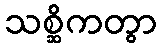
သစ္ဆိကတွာ